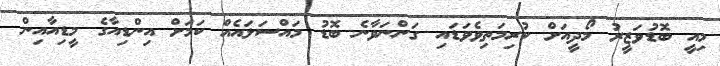
މިއީ ބޮޑުވަޒީރު މޯދީއަށް ކުރިމަތިވެވަޑައި ގަންނަވާނެ ބޮޑު މައްސަލައެއް ކަމަށް އިންޑިއާގެ މީޑިއާއިން